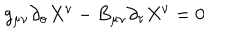
LaTeX: g _ { \mu \nu } \partial _ { \sigma } X ^ { \nu } - B _ { \mu \nu } \partial _ { \tau } X ^ { \nu } = 0